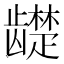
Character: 𬺓